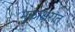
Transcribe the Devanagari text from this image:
मुळाक्षरांत